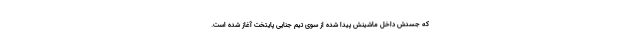
که جسدش داخل ماشینش پیدا شده از سوی تیم جنایی پایتخت آغاز شده است.